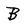
Character: B